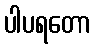
ပါပရတော